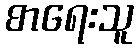
စာရေးသူ